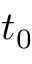
t _ { 0 }